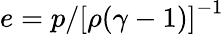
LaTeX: e=p/\left[\rho(\gamma-1)\right]^{-1}